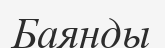
Баянды